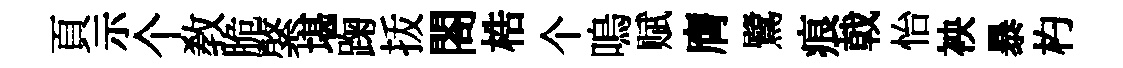
頁示个敎脆綮堪踘㧞閤梏个嗚赋膺鷺痕戟怡䘧暴杓